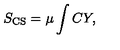
S _ { \mathrm { C S } } = \mu \int C Y ,